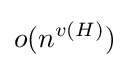
o(n^{v(H)})